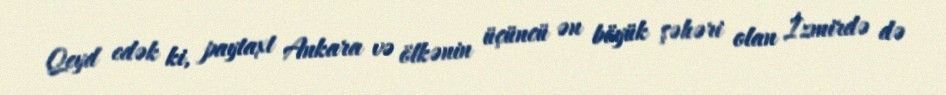
Qeyd edək ki, paytaxt Ankara və ölkənin üçüncü ən böyük şəhəri olan İzmirdə də